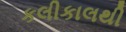
કલીકાલથી